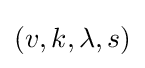
(v,k,\lambda ,s)